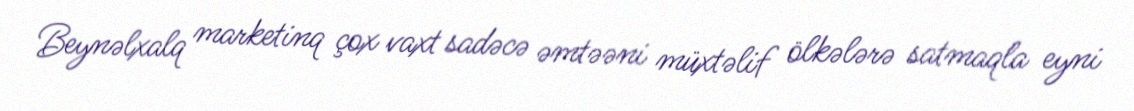
Beynəlxalq marketinq çox vaxt sadəcə əmtəəni müxtəlif ölkələrə satmaqla eyni